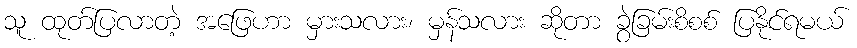
သူ ထုတ်ပြလာတဲ့ အဖြေဟာ မှားသလား၊ မှန်သလား ဆိုတာ ခွဲခြမ်းစိစစ် ပြနိုင်ရမယ်